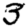
Digit: 3